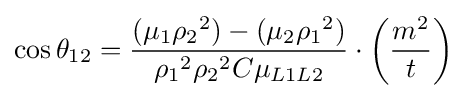
{\cos \theta _{12}}={{{{(\mu _{1}{\rho _{2}}^{2})}-{(\mu _{2}{\rho _{1}}^{2})}} \over {{{\rho _{1}}^{2}}{{\rho _{2}}^{2}}C\mu _{L1L2}}}\cdot \left({m^{2} \over t}\right)}